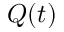
Q ( t )